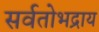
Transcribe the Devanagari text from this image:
सर्वतोभद्राय